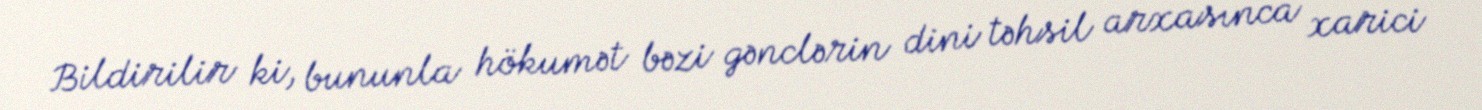
Bildirilir ki, bununla hökumət bəzi gənclərin dini təhsil arxasınca xarici